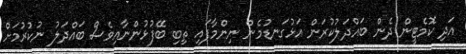
އަދި ކޮމެޓީން ދެން ބައްދަލުކުރަން އަޅުގަނޑުމެން ނިންމާފައި ތިބި ބޭފުޅުންނާއިވެސް ބައްދަލު ނުކުރުމަށް